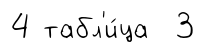
4 табл'и́ца 3